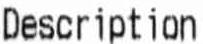
DESCRIPTION